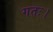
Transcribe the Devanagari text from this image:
गतः।